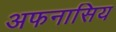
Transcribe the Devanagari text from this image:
अफनासिय